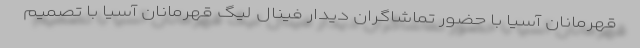
قهرمانان آسیا با حضور تماشاگران دیدار فینال لیگ قهرمانان آسیا با تصمیم